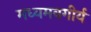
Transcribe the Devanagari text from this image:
मध्यमवगीर्य